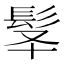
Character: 𩬋